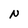
Character: N